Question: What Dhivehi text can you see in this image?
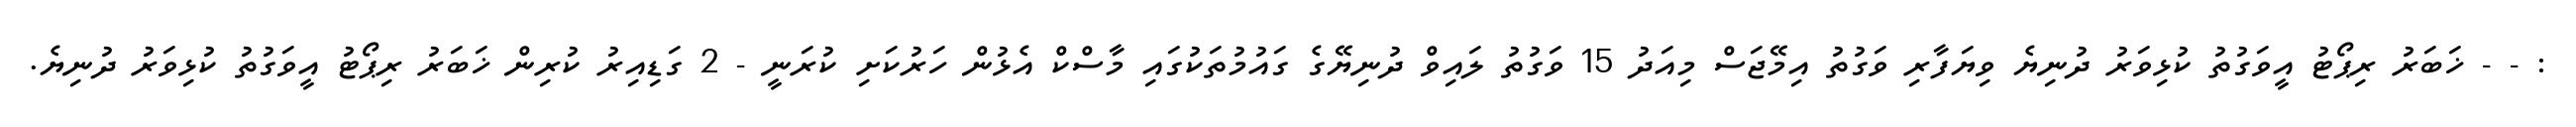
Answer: : - - ޚަބަރު ރިޕޯޓު އީވަގުތު ކުޅިވަރު ދުނިޔެ ވިޔަފާރި ވަގުތު އިމޭޖަސް މިއަދު 15 ވަގުތު ލައިވް ދުނިޔޭގެ ގައުމުތަކުގައި މާސްކް އެޅުން ހަރުކަށި ކުރަނީ - 2 ގަޑިއިރު ކުރިން ޚަބަރު ރިޕޯޓު އީވަގުތު ކުޅިވަރު ދުނިޔެ.